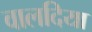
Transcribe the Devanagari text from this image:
वालदिया